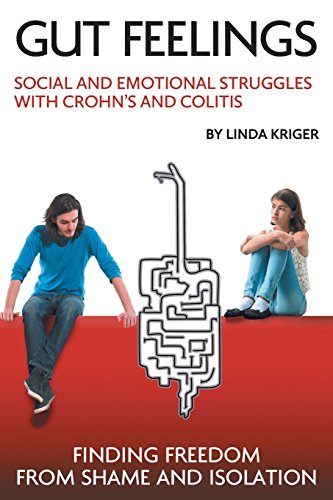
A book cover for Gut Feelings: Social and Emotional Struggles with Crohn's and Colitis: Finding Freedom from Shame and Isolation; Linda Kriger; Health, Fitness & Dieting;